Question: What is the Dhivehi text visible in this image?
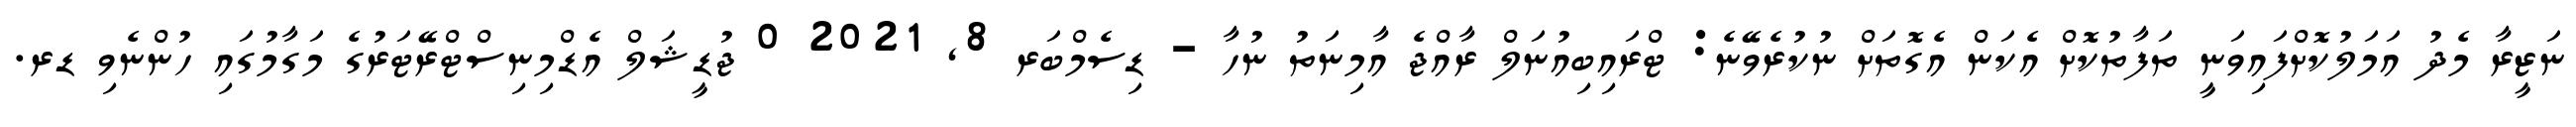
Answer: ނަޒީރާ މެދު އަމަލުކޮށްފައިވަނީ ތަފާތުކޮށް އެކަން އެގޮތަށް ނުކުރެވޭނެ: ޓްރައިބިއުނަލް ރާއްޖެ އާމިނަތު ނުހާ - ޑިސެމްބަރ 8, 2021 0 ޖުޑީޝަލް އެޑްމިނިސްޓްރޭޓަރުގެ މަގާމުގައި ހުންނެވި ޑރ.